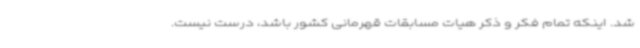
شد. اینکه تمام فکر و ذکر هیات مسابقات قهرمانی کشور باشد، درست نیست.